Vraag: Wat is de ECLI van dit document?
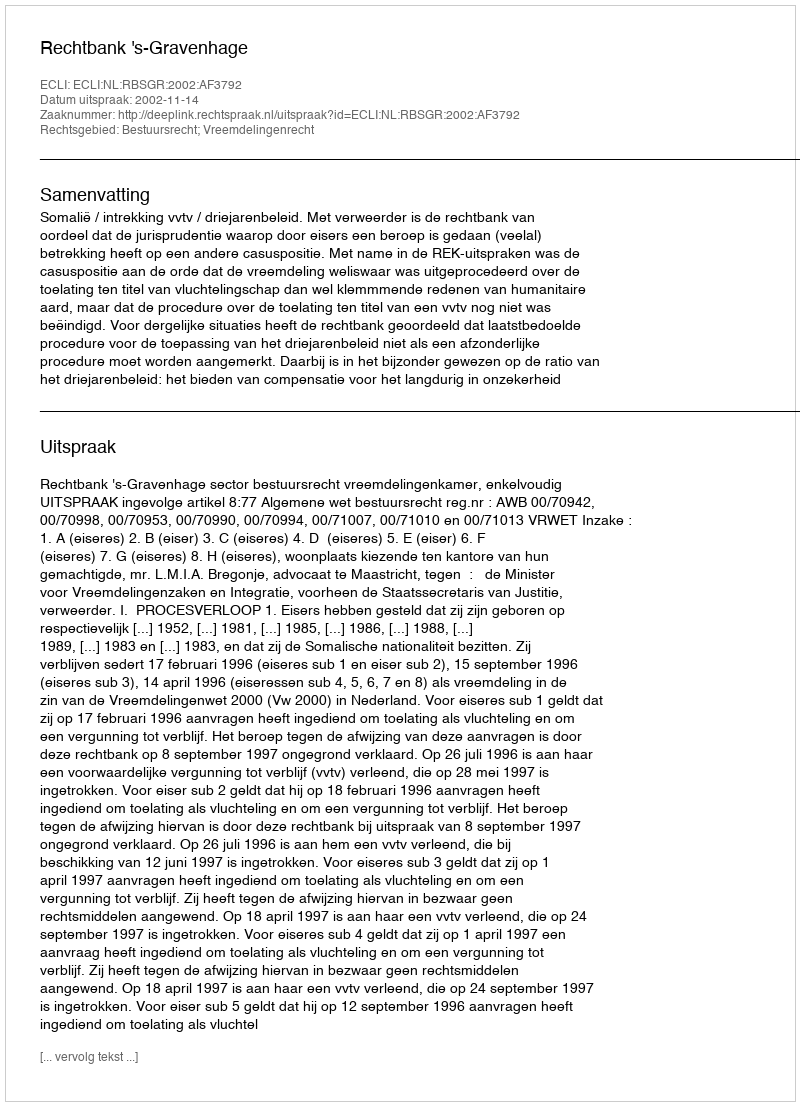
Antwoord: ECLI:NL:RBSGR:2002:AF3792